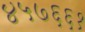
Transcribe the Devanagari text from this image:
४५७६६१